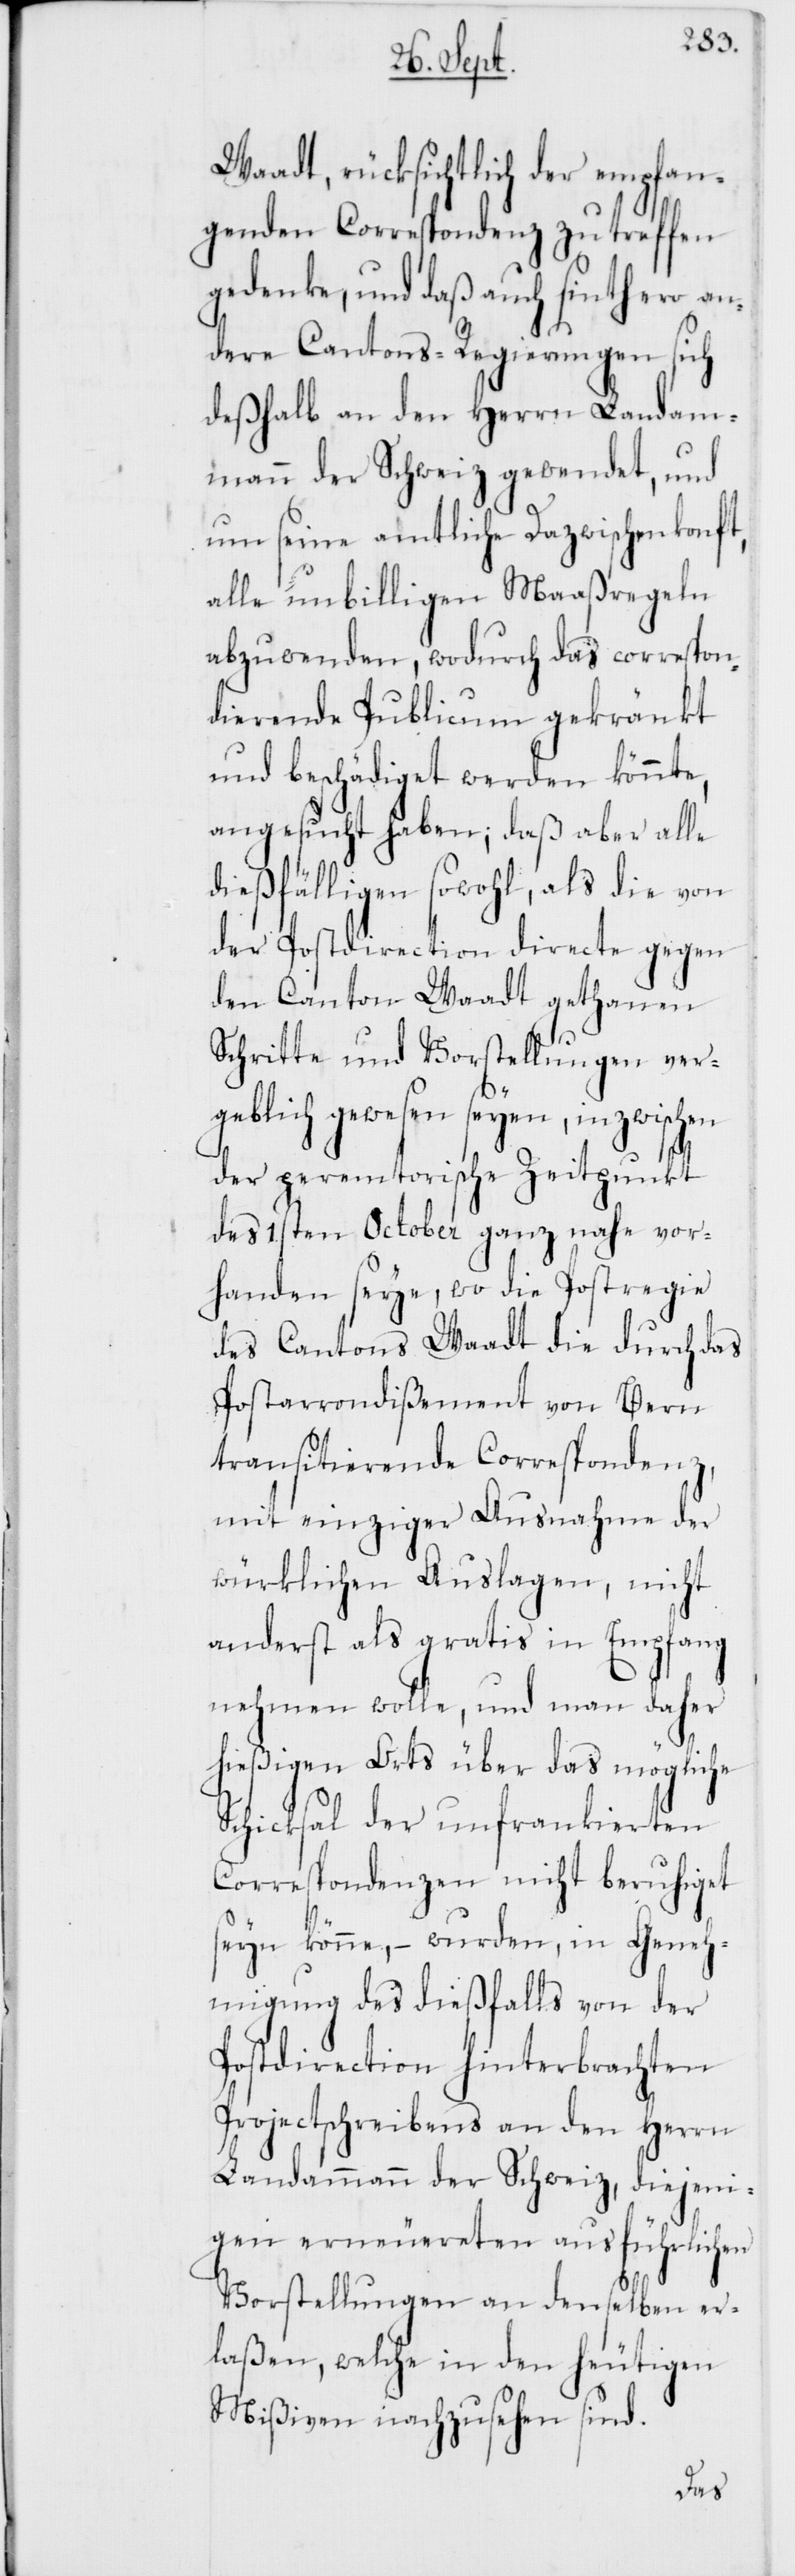
Waadt, rücksichtlich der empfan¬
genden Correspondenz zu treffen
gedenke, und daß auch sinthero an¬
dere Cantons-Regierungen sich
deßhalb an den Herrn Landam¬
mann der Schweiz gewendet, und
um seine amtliche Dazwischenkonft,
alle unbilligen Maaßregeln
abzuwenden, wodurch das correspon¬
dierende Publicum gekränkt
und beschädiget werden könnte,
angesucht haben; daß aber alle
dießfälligen sowohl, als die von
der Postdirection directe gegen
den Canton Waadt gethanen
Schitte und Vorstellungen ver¬
geblich gewesen seyen, inzwischen
der peremtorische Zeitpunkt
des 1sten October ganz nahe vor¬
handen seye, wo die Postregie
des Cantons Waadt die durch das
Postarrondißement von Bern
transitierende Correspondenz,
mit einziger Ausnahme der
würklichen Auslagen, nicht
anderst als gratis in Empfang
nehmen wolle, und man daher
hießigen Orts über das mögliche
Schicksal der unfrankierten
Correspondenzen nicht beruhiget
seyn könne, – wurden, in Geneh¬
migung des dießfalls von der
Postdirection hinterbrachten
Projectschreibens an den Herrn
Landammann der Schweiz, diejeni¬
gen erneuereten ausführlichen
Vorstellungen an denselben er¬
laßen, welche in den heutigen
Mißiven nachzusehen sind.